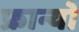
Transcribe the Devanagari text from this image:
फ्रान्यो